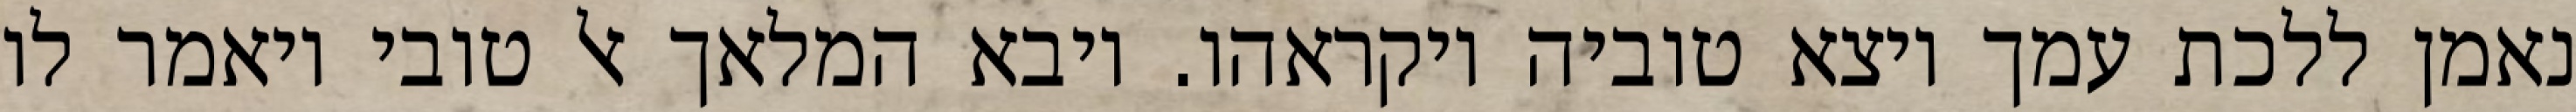
נאמן ללכת עמך ויצא טוביה ויקראהו. ויבא המלאך אל טובי ויאמר לו